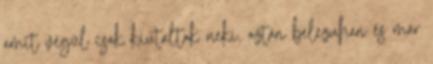
amit végül csak kiutaltak neki, aztán belezuhan és már